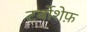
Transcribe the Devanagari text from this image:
टर्बोशेफ़